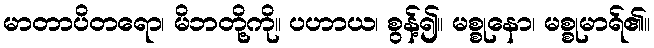
မာတာပိတရော၊ မိဘတို့ကို။ ပဟာယ၊ စွန့်၍။ မစ္စုနော၊ မစ္စုမာရ်၏။